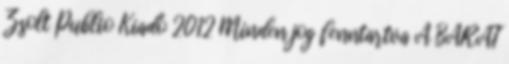
Zsolt Publio Kiadó 2012 Minden jog fenntartva A BARÁT